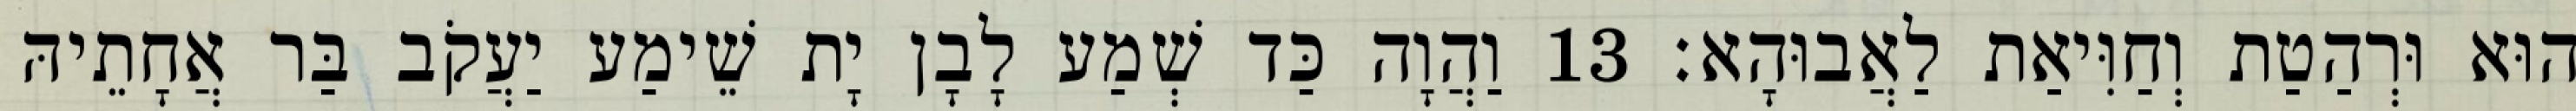
הוּא וּרְהַטַת וְחַוִּיאַת לַאֲבוּהָא׃ 13 וַהֲוָה כַּד שְׁמַע לָבָן יָת שֵׁימַע יַעֲקֹב בַּר אֲחָתֵיהּ